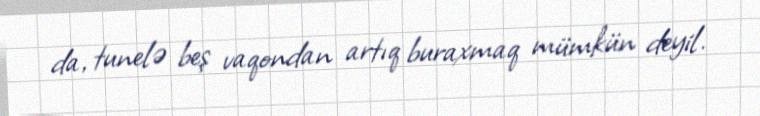
da, tunelə beş vaqondan artıq buraxmaq mümkün deyil.